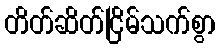
တိတ်ဆိတ်ငြိမ်သက်စွာ